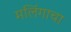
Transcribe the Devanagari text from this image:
मलिंगाचा